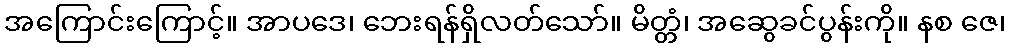
အကြောင်းကြောင့်။ အာပဒေ၊ ဘေးရန်ရှိလတ်သော်။ မိတ္တံ၊ အဆွေခင်ပွန်းကို။ နစ ဇေ၊